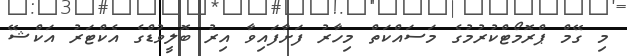
މި ގޭމް ޕްރޮމޯޓްކުރުމުގެ މަސައްކަތް މިހާރު ފަށާފައިވާ އިރު ބޮލީވުޑްގެ އެކްޓަރު އަކްޝޭ